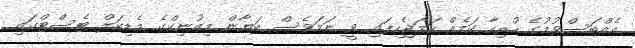
އެއްބަސްވުމުގެ ހުރިހާ ކަމެއް ހަމަޖެހިފައި ވީ ނަމަވެސް ބަޔާން މިއުނިކްގެ މެޑިކަލް ޓެސްޓްގައި